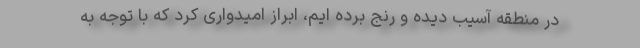
در منطقه آسیب دیده و رنج برده ایم، ابراز امیدواری کرد که با توجه به